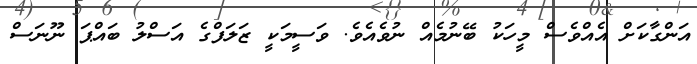
އަންގާކަށް އެއްވެސް މީހަކު ބޭނުމެއް ނުވެއެވެ. ވަސީމަކީ ޒަލަފްގެ އަސްލު ބައްޕަ ނޫނަސް